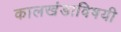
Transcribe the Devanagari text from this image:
कालखंडाविषयी